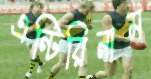
এন্টিরিনাম